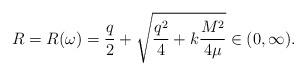
LaTeX: \begin{align*} R = R(\omega) = \frac{q}{2} + \sqrt{ \frac{q^2}{4} + k \frac{M^2}{4\mu}} \in (0, \infty). \end{align*}